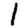
Digit: 1